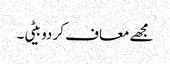
مجھے معاف کر دو بیٹی۔